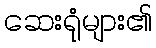
ဆေးရုံများ၏